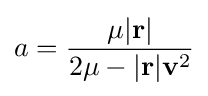
a={\frac {\mu |\mathbf {r} |}{2\mu -|\mathbf {r} |\mathbf {v} ^{2}}}